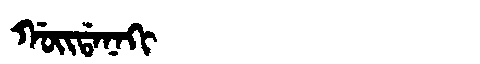
Manchu: ᡤᠣᡳᡩᠠᠨᠠᡴᡳ
Romanization: GOIDANAKI